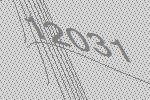
12031